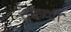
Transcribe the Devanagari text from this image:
गहनोँ